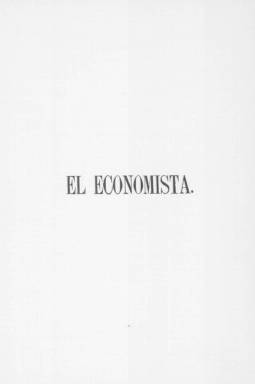
Título: El Economista (Madrid. 1856)
Colección: Economía
Ámbito geográfico: Madrid
Lugar de publicación: Madrid
Fechas: 05/02/1856-25/07/1857

En el prospecto que antecede a la publicación de su primer número, este periódico quincenal de ideario liberal se proclama defensor de la libertad industrial, según dice,  “tan mal comprendida por casi todos los que la combaten, y aun por muchos de sus mismos defensores”.

   El Economista ya advertía de que todos los periódicos que habían salido hasta el momento dedicados a propagar las doctrinas económicas habían sido efímeros, debido entre otras razones a la atención casi exclusiva dedicada a la política, y él mismo no fue una excepción, dado que sólo se editó durante año y medio, aunque en tiempos de la Restauración borbónica, con el triunfo de la burguesía conservadora, tuviera una segunda etapa.

  La reforma arancelaria y aduanera, la libertad de comercio, la expansión de la Banca y de la Bolsa, la construcción de la red de ferrocarriles, las obras de reforma de la Puerta del Sol madrileña son algunos de los temas que se pueden leer en esta publicación que, pese a llevar el subtítulo ‘Dedicado a las teorías y cuestiones económicas’, atendía a lo concreto y batallaba con publicaciones rivales que defendían el proteccionismo, dado que la controversia librecambio versus proteccionismo era el gran tema de debate del momento.

    Como administrador de El Economista figuraba Agustín Monterde, quien había creado anteriormente la Revista de Obras Públicas, órgano influyente del cuerpo de Ingenieros de Caminos, Canales y Puertos. Alma de la publicación serán los ingenieros Gabriel Rodríguez y su discípulo José Echegaray, quien en su madurez y como dramaturgo ganaría el Premio Nobel de Literatura.

Gabriel Rodríguez y Benedicto, catedrático de Economía Política y Derecho Administrativo en la Escuela de Ingenieros, destacó por ser uno de los promotores de la Asociación para la Reforma de los Aranceles de Aduanas y pertenecer a casi todas las asociaciones de estudios económicos de Europa. En 1856 fue uno de los tres representantes españoles que asistieron al Congreso de Economistas de Bruselas.

   En La escuela economista española, obra de Rocío Román Collado, podemos leer que Gabriel Rodríguez, desde El Economista y otras publicaciones, participó activamente en la campaña contra la esclavitud junto con políticos como Olózaga, Sagasta, Castelar Moret y otros. Más tarde entraría en política llegando a ser senador por Puerto Rico.

   En su último número, del 25 de julio de 1857, El Economista se despedía de sus lectores anunciando su suspensión, según declaraba, por causas ajenas a su voluntad y que no creía necesario explicar, “precisamente cuando más disfrutábamos del favor del público, y cuando con mayor entusiasmo pensábamos continuar defendiendo los principios económicos que nos sirven de bandera”.

   Más información sobre la historia de El Economista puede encontrarse en el libro del catedrático de Estructura Económica de la Universidad CEU San Pablo Javier Morillas.

[Descripción publicada el 14/02/2019]